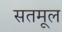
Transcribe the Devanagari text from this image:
सतमूल